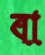
বা